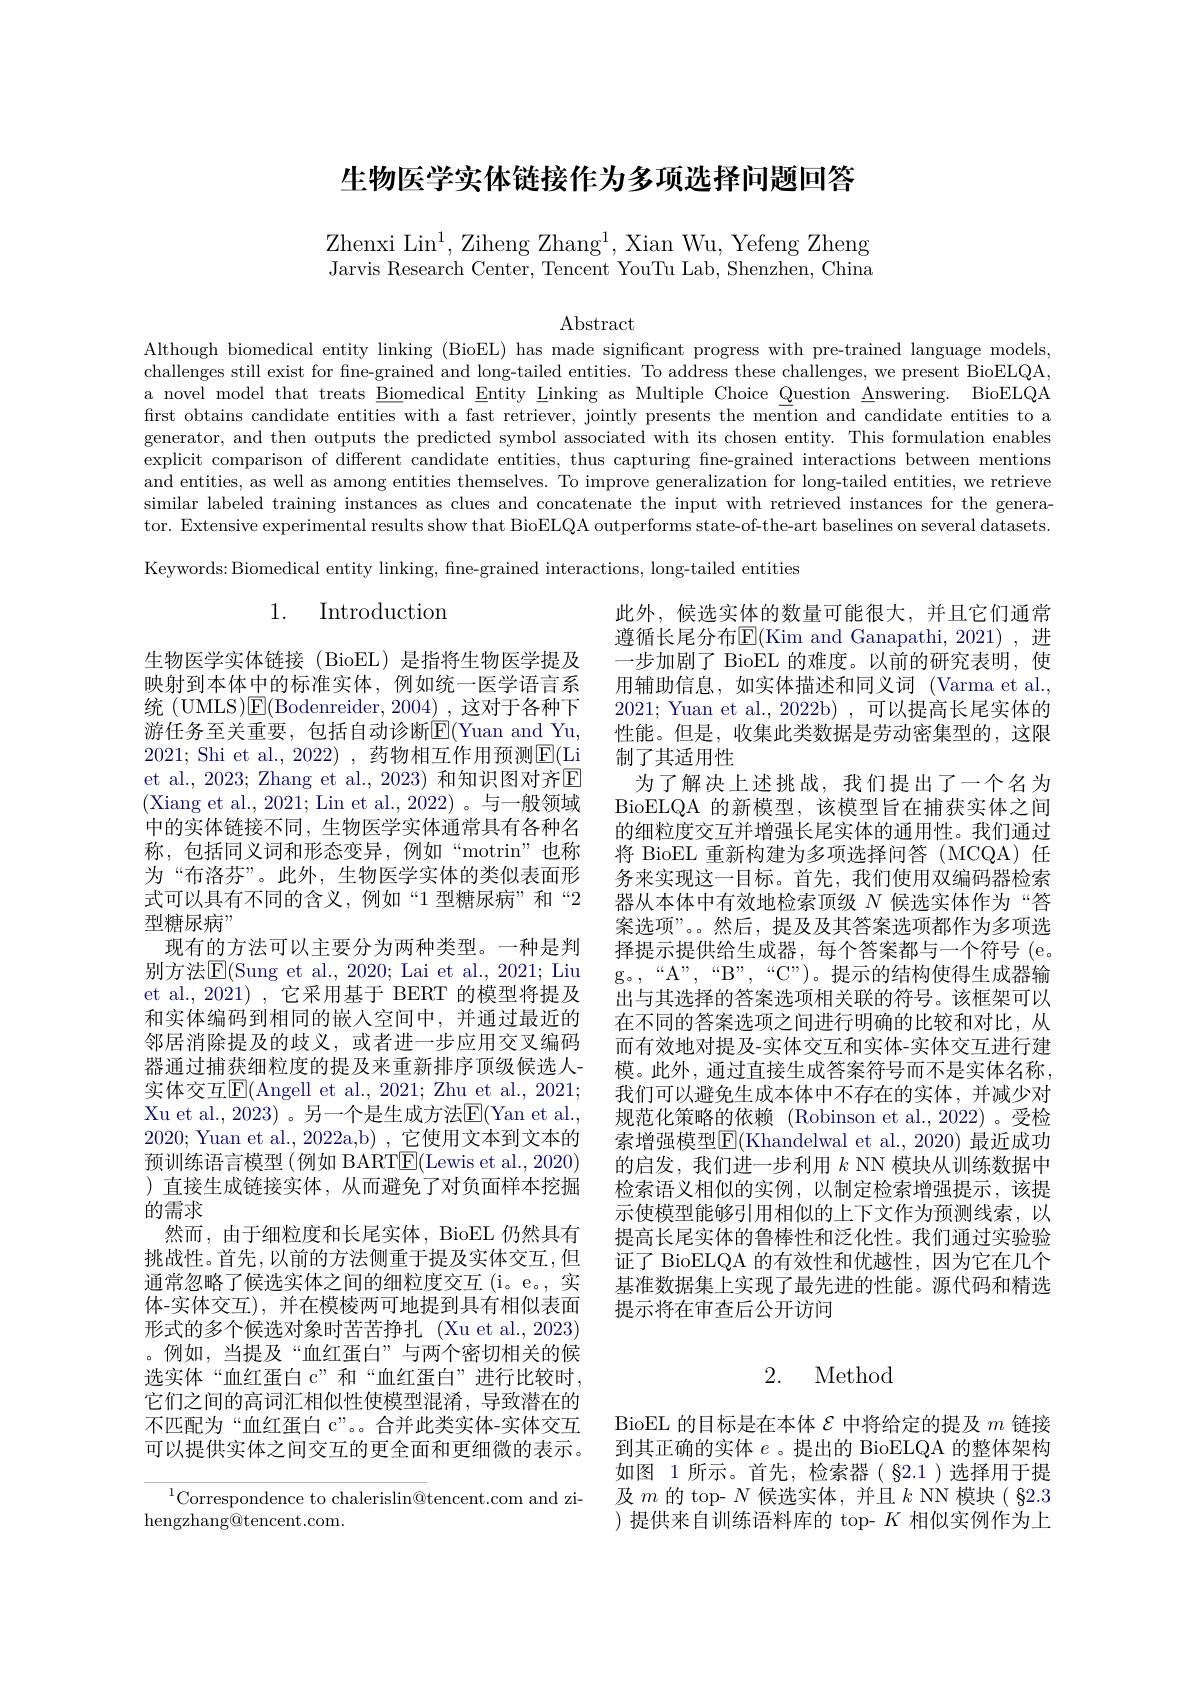
生物医学实体链接作为多项选择问题回答

Zhenxi Lin$^1$, Ziheng Zhang$^1$, Xian Wu, Yefeng Zheng Jarvis Research Center, Tencent YouTu Lab, Shenzhen, China

$\operatorname{Abstract}$

Although biomedical entity linking (BioEL) has made significant progress with pre-trained language models, challenges still exist for fne-grained and long-tailed entities. To address these challenges, we present BioELQA, a novel model that treats Biomedical Entity Linking as Multiple Choice Question Answering. BioELQA first obtains candidate entities with a fast retriever, jointly presents the mention and candidate entities to a generator, and then outputs the predicted symbol associated with its chosen entity. This formulation enables explicit comparison of different candidate entities, thus capturing fine-grained interactions between mentions and entities, as well as among entities themselves. To improve generalization for long-tailed entities, we retrieve similar labeled training instances as clues and concatenate the input with retrieved instances for the generator. Extensive experimental results show that BioELQA outperforms state-of-the-art baselines on several datasets. Keywords: Biomedical entity linking, fine-grained interactions, long-tailed entities

# 1. Introduction

此外，候选实体的数量可能很大，并且它们通常遵循长尾分布$\mathbb{E}($Kim and Ganapathi, 2021) ,进一步加剧了 BioEL 的难度。以前的研究表明，使用辅助信息，如实体描述和同义词(Varma et al. 2021; Yuan et al., 2022b) , 可以提高长尾实体的性能。但是，收集此类数据是劳动密集型的，这限制了其适用性
为了解决上述挑战，我们提出了一个名为BioELQA 的新模型，该模型旨在捕获实体之间的细粒度交互并增强长尾实体的通用性。我们通过将 BioEL 重新构建为多项选择问答 (MCQA)任务来实现这一目标。首先，我们使用双编码器检索器从本体中有效地检索顶级$N$候选实体作为“答案选项”。。然后，提及及其答案选项都作为多项选择提示提供给生成器，每个答案都与一个符号 (e。g。,“A”,“B”,“C”)。提示的结构使得生成器输出与其选择的答案选项相关联的符号。该框架可以在不同的答案选项之间进行明确的比较和对比，从而有效地对提及-实体交互和实体-实体交互进行建模。此外，通过直接生成答案符号而不是实体名称， 我们可以避免生成本体中不存在的实体，并减少对规范化策略的依赖 (Robinson et al.,2022)。受检索增强模型E(Khandelwal et al., 2020) 最近成功的启发，我们进一步利用$k$ NN 模块从训练数据中检索语义相似的实例，以制定检索增强提示，该提示使模型能够引用相似的上下文作为预测线索，以提高长尾实体的鲁棒性和泛化性。我们通过实验验证了 BioELQA 的有效性和优越性，因为它在几个基准数据集上实现了最先进的性能。源代码和精选提示将在审查后公开访问

生物医学实体链接(BioEL)是指将生物医学提及映射到本体中的标准实体，例如统一医学语言系统 (UMLS)$\mathsf{E}($Bodenreider$,2004)~,~$这对于各种下游任务至关重要，包括自动诊断$\mathbb{E}($Yuan and Yu, 2021; Shi et al., 2022) , 药物相互作用预测E(Li et al., 2023; Zhang et al., 2023) 和知识图对齐$\mathbb{E}$ (Xiang et al., 2021; Lin et al., 2022)。与一般领域中的实体链接不同，生物医学实体通常具有各种名称，包括同义词和形态变异，例如“motrin”也称为“布洛芬”。此外，生物医学实体的类似表面形式可以具有不同的含义，例如“1型糖尿病”和“2型糖尿病”
现有的方法可以主要分为两种类型。一种是判别方法$\underline{\mathrm{E}}($Sung et al., 2020; Lai et al., 2021; Liu et al., 2021), 它采用基于 BERT 的模型将提及和实体编码到相同的嵌人空间中，并通过最近的邻居消除提及的歧义，或者进一步应用交叉编码器通过捕获细粒度的提及来重新排序顶级候选人实体交互E(Angell et al., 2021; Zhu et al., 2021; Xu et al., 2023) 。另一个是生成方法E(Yan et al., 2020; Yuan et al., 2022a,b) , 它使用文本到文本的预训练语言模型(例如 BART$\boxed{\mathrm{E}}($Lewis et al., 2020) )直接生成链接实体，从而避免了对负面样本挖掘的需求
然而，由于细粒度和长尾实体，BioEL 仍然具有挑战性。首先，以前的方法侧重于提及实体交互，但通常忽略了候选实体之间的细粒度交互(i。e。, 实体-实体交互),并在模棱两可地提到具有相似表面形式的多个候选对象时苦苦挣扎 (Xu et al., 2023) 。例如，当提及“血红蛋白”与两个密切相关的候选实体“血红蛋白 c”和“血红蛋白”进行比较时， 它们之间的高词汇相似性使模型混淆，导致潜在的不匹配为“血红蛋白 c”。。合并此类实体-实体交互可以提供实体之间交互的更全面和更细微的表示。

# 2. Method

BioEL 的目标是在本体$\mathcal{E}$中将给定的提及$m$链接到其正确的实体$e$ 。提出的 BioELQA 的整体架构如图 1 所示。首先，检索器( §2.1 )选择用于提及$m$的 top- $N$候选实体，并且$k$ NN 模块( §2.3 )提供来自训练语料库的 top- $K$相似实例作为上

$^{1}$Correspondence to chalerislin@tencent.com and zi-
hengzhang@tencent.com.